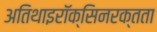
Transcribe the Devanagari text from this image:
अतिथाइरॉक्सिनरक्तता